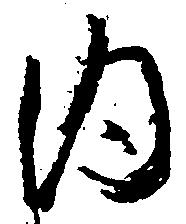
内